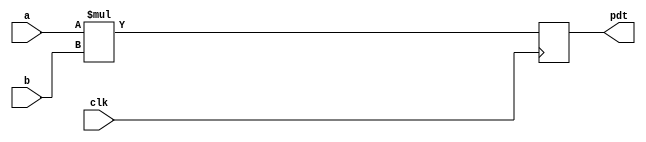
module mult_pipe2 #(
    parameter SIZE = 16,
    parameter LVL = 2

)
( a, b, clk, pdt) ;
/*
* parameter 'SIZE' is the width of multiplier/multiplicand;.Application Notes
* parameter '' is the intended number of stages of the
* pipelined multiplier;
* which is typically the smallest integer greater than or equal
* to base 2 logarithm of 'SIZE'
*/

    input signed [SIZE-1 : 0] a;
    input signed [SIZE-1 : 0] b;
    input                     clk;
    output wire  [SIZE-1 : 0] pdt;

    integer i;

    wire [2*SIZE -1 :0] a_b;
    assign a_b = a * b ;

    // To Move the product to mid
    // before putting it at output, acts as a stall
    // Hence Non Blocking Used
    always @(negedge clk) begin
        mid <= a_b;
    end

    reg [SIZE -1:0] mid;

    assign pdt = mid;

endmodule